Annual vaccination report of Bihar and Orissa - 1911-1928
Year: 1911
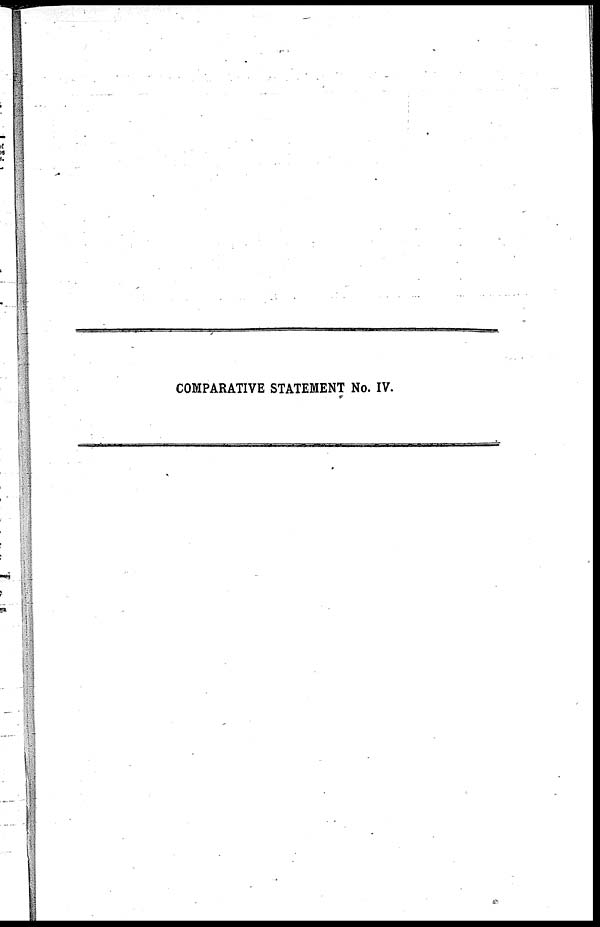
COMPARATIVE STATEMENT No. IV.